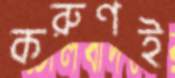
করুণই